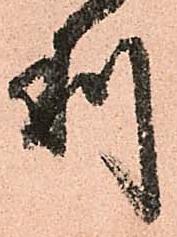
利